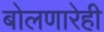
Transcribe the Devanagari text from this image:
बोलणारेही